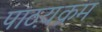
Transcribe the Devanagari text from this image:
पाठ़यक्रम